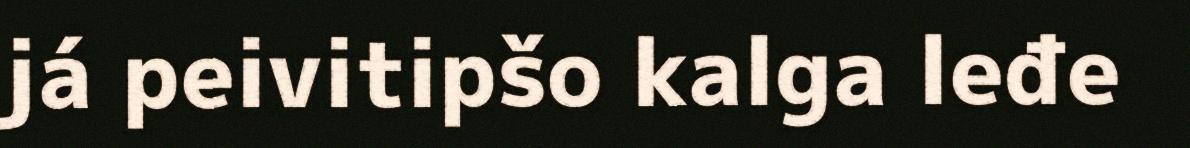
já peivitipšo kalga leđe